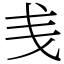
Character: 㦮